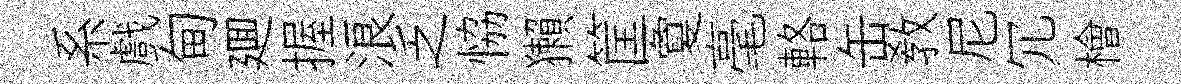
系戲甸廽握浪乏恊獺筐夐毫輅缶敎尼冗檜